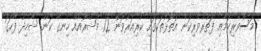
މަސްވެރިކަމާއި ފަތުރުވެރިކަން އަތޮޅުތަކުގައި ކުރިއަރުވަން 12 މަޝްރޫއެއް ހިނގާ ކަން ޝާހިދު ފާހަގަ